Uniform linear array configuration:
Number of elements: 48
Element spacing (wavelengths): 0.75
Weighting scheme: hann
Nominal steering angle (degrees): -60
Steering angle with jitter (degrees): -60.826
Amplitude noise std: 0.05
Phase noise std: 0.05

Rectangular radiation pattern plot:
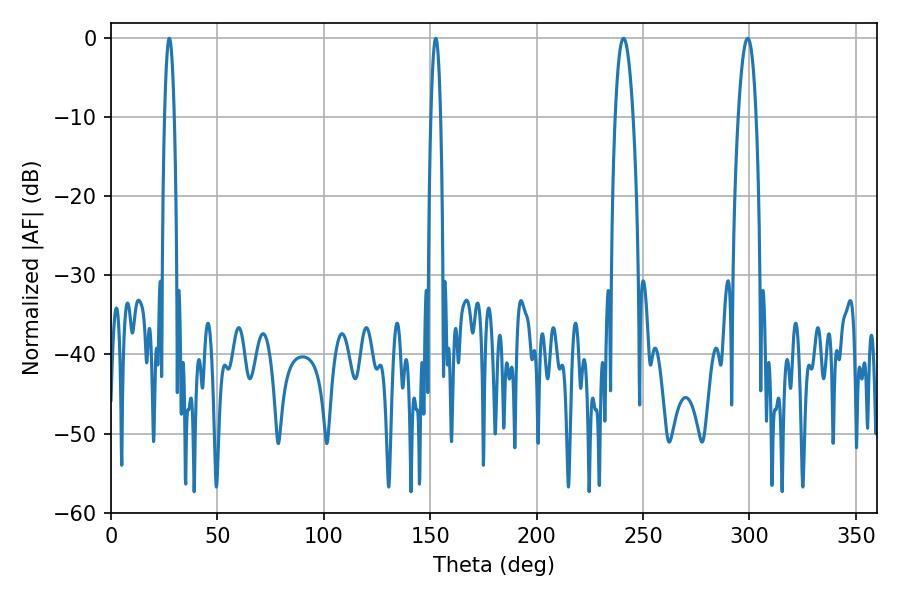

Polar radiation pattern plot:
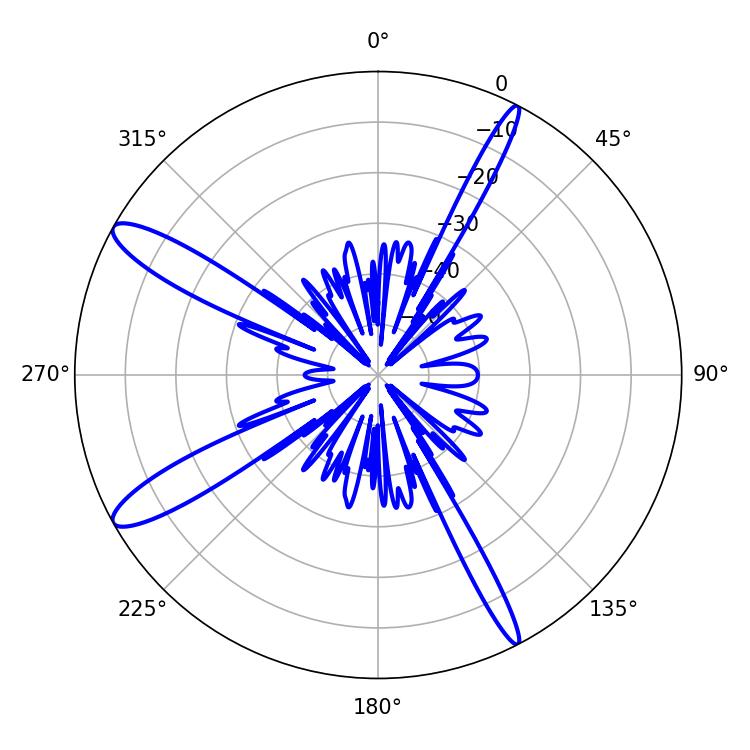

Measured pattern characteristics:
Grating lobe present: TRUE
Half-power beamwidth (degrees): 4.5
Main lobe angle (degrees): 240.84